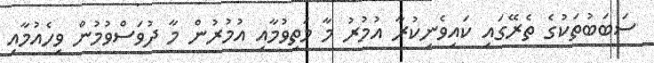
ސަބަބުތަކުގެ ތެރޭގައި ކައިވެނިކުރާ އުމުރު މާ މަތިވުމާއި އުމުރުން މާ ދުވަސްވުމުން ވިހެއުމާއި